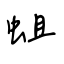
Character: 蛆